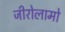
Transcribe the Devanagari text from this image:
जीरोलामो